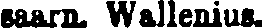
saarn. Wallenius.